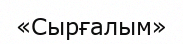
«Сырғалым»